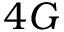
4 G